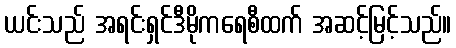
ယင်းသည် အရင်းရှင်ဒီမိုကရေစီထက် အဆင့်မြင့်သည်။